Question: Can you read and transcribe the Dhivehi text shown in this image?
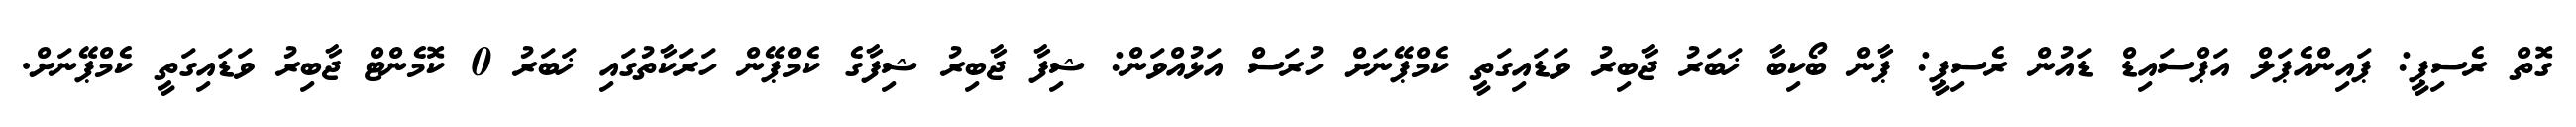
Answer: ގޮތް ރެސިޕީ: ޕައިންއެޕަލް އަޕްސައިޑް ޑައުން ރެސިޕީ: ޕާން ބޯކިބާ ޚަބަރު ޖާބިރު ވަޑައިގަތީ ކެމްޕޭނަށް ހުރަސް އަޅުއްވަން: ޝިފާ ޖާބިރު ޝިފާގެ ކެމްޕޭން ހަރަކާތުގައި ޚަބަރު 0 ކޮމެންޓް ޖާބިރު ވަޑައިގަތީ ކެމްޕޭނަށް.